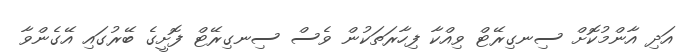
އަދި އާންމުކޮށް ސިނގިރޭޓް ވިއްކާ ފިހާރަތަކުން ވެސް ސިނގިރޭޓް ފޮށީގެ ބޭރުގައި އޭގެންވާ